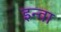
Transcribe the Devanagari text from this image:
इन्वा